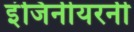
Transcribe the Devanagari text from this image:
इंजिनीयरनी